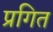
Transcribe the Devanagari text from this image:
प्रगित